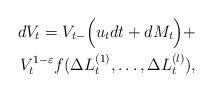
LaTeX: \begin{align*}dV_t=V_{t-} \Big(u_t dt + dM_t\Big) + \\V_t^{1-\varepsilon}f(\Delta L^{(1)}_t,\ldots,\Delta L^{(l)}_t),\end{align*}